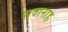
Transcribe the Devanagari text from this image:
सवानाह